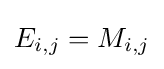
E_{i,j}=M_{i,j}